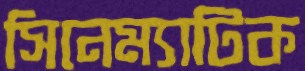
সিনেম্যাটিক